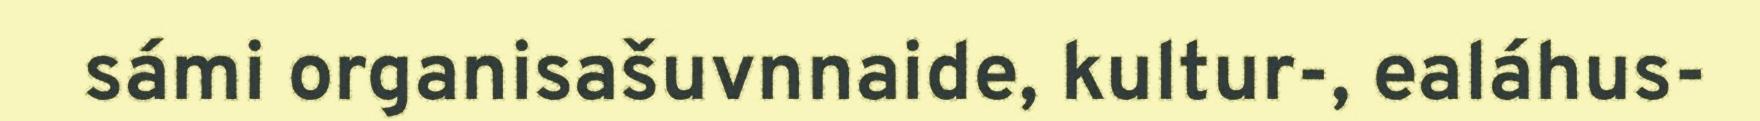
sámi organisašuvnnaide, kultur-, ealáhus-